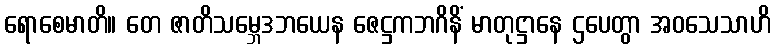
ရောစေမာတိ။ တေ ဇာတိသမ္ဘေဒဘယေန ဇေဋ္ဌကဘဂိနိံ မာတုဋ္ဌာနေ ဌပေတွာ အဝသေသာဟိ